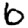
Digit: 6